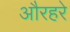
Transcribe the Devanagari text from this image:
औरहरे